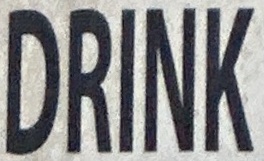
DRINK